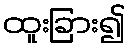
ထူးခြား၍